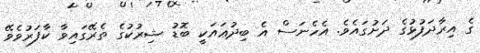
ގެ އިރާދަފުޅުގެ ދަށުގައެވެ. އެހެނަސް އެ ބިދުޢައަކީ ބޮޑު ޝިރުކުގެ ތެރޭގައިވާ ކާފަރުވެވޭ